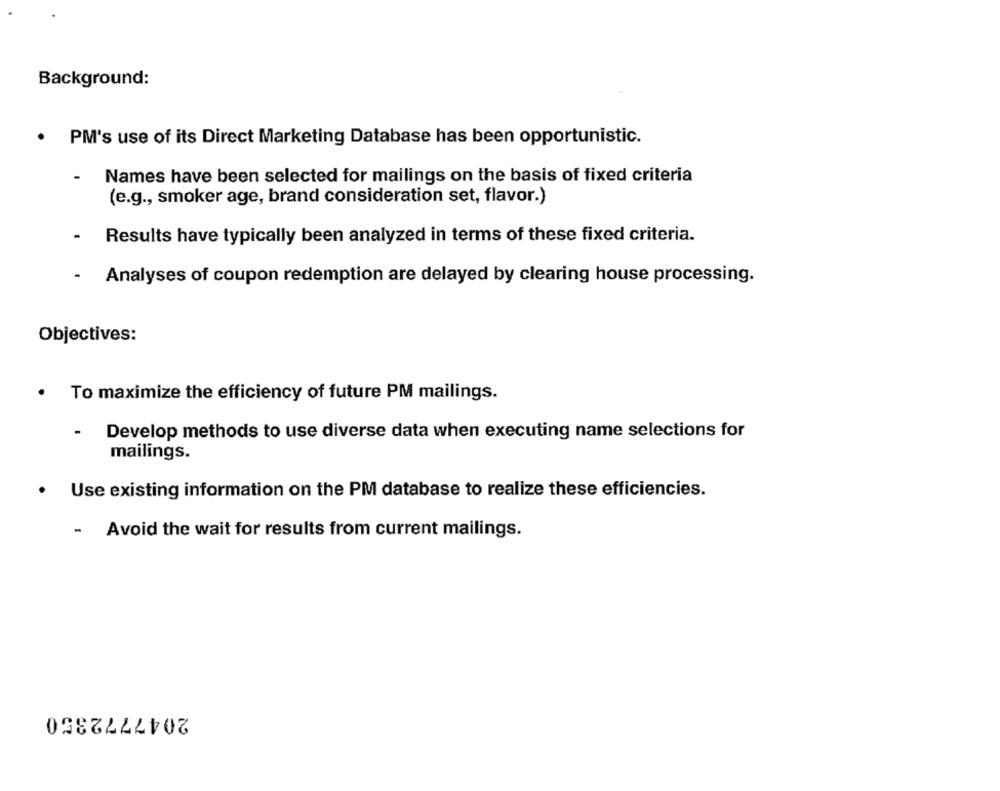
Background:
.
PM's use of its Direct Marketing Database has been opportunistic.
Names have been selected for mailings on the basis of fixed criteria
(e.g ., smoker age, brand consideration set, flavor.)
Results have typically been analyzed in terms of these fixed criteria.
Analyses of coupon redemption are delayed by clearing house processing.
Objectives:
To maximize the efficiency of future PM mailings.
-
Develop methods to use diverse data when executing name selections for
mailings.
Use existing information on the PM database to realize these efficiencies.
- Avoid the wait for results from current mailings.
2047772350